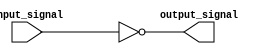
module inverter (
  input wire input_signal,
  output wire output_signal
);

// Combinational Logic Inverter
assign output_signal = ~input_signal;

endmodule